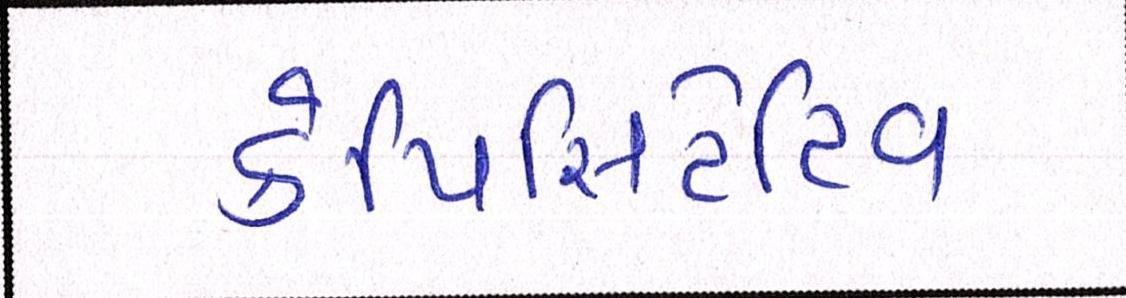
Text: કેપિસિટેટિવ